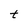
Character: t